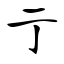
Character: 亍